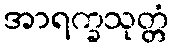
အာရက္ခသုတ္တံ